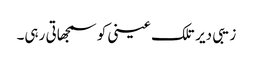
زیبی دیر تلک عینی کو سمجھاتی رہی۔